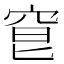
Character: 䆞